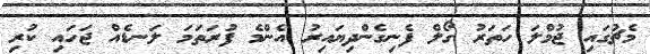
މެޗުގައި ޖުމްލަ ހަތަރު ގޯލް ފެނިގެންދިޔައިރު އެންމެ ފުރަތަމަ ލަނޑެއް ޖަހައި ކުރި